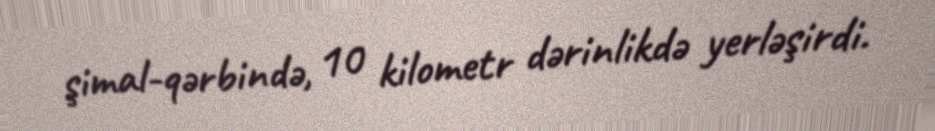
şimal-qərbində, 10 kilometr dərinlikdə yerləşirdi.